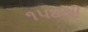
૧૫૪થી